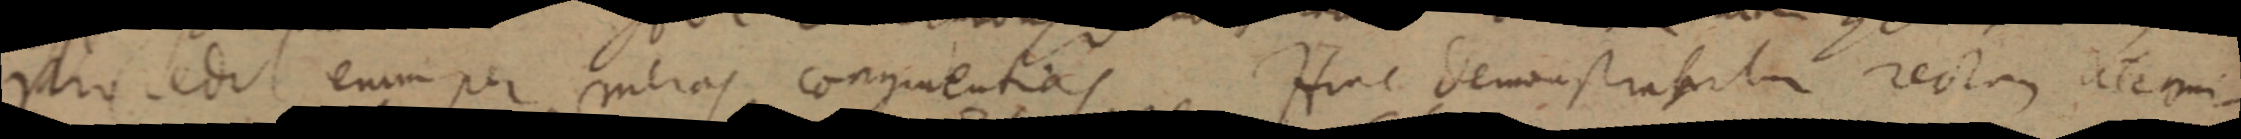
pars edit enim per meras congruentias. Hinc demonstrabitum rectam alterni